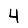
Digit: 4